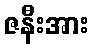
ဇနီးအား